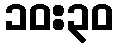
၁၀:၃၀